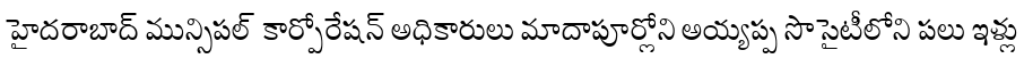
హైదరాబాద్ మున్సిపల్ కార్పోరేషన్ అధికారులు మాదాపూర్లోని అయ్యప్ప సొసైటీలోని పలు ఇళ్లు